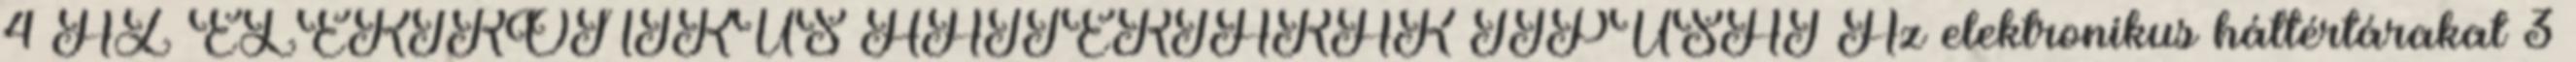
4 AZ ELEKTRONIKUS HÁTTÉRTÁRAK TÍPUSAI Az elektronikus háttértárakat 3